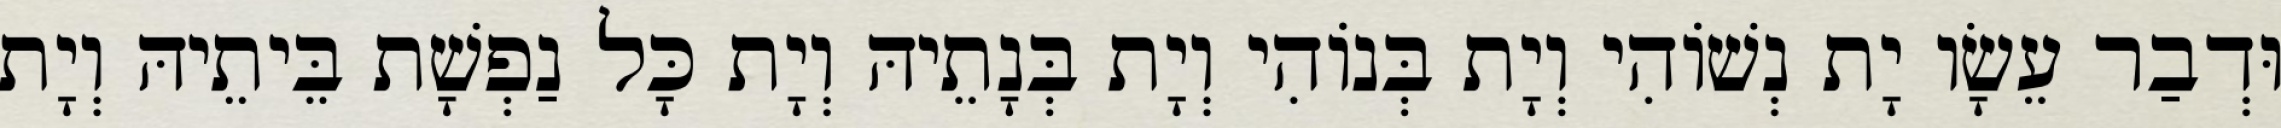
וּדְבַר עֵשָׂו יָת נְשׁוֹהִי וְיָת בְּנוֹהִי וְיָת בְּנָתֵיהּ וְיָת כָּל נַפְשָׁת בֵּיתֵיהּ וְיָת